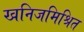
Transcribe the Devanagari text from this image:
खनिजमिश्रित